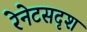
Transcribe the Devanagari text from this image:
रेनेटसदृश